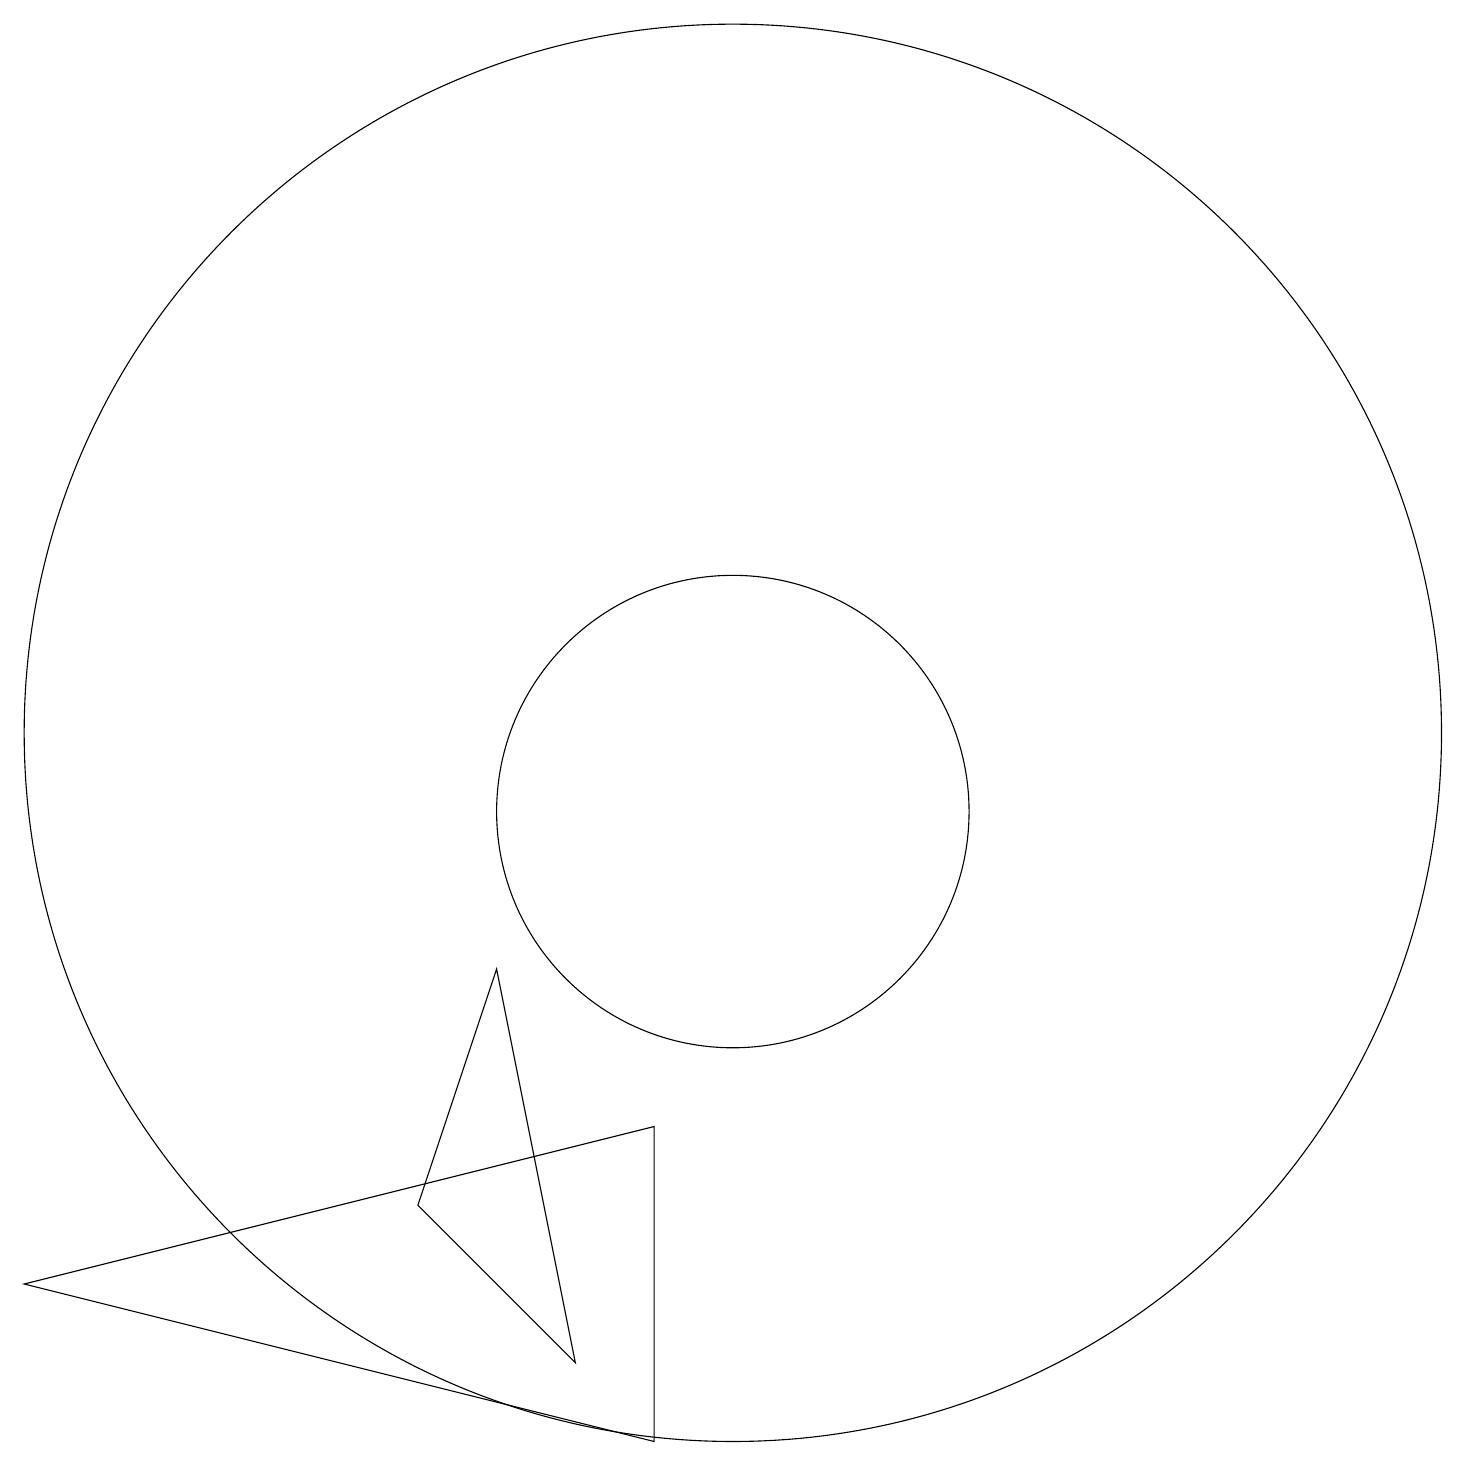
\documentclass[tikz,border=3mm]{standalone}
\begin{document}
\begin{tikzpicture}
\draw (9,6) -- (9,2) -- (1,4) -- cycle;
\draw (10,11) circle (9);
\draw (10,10) circle (3);
\draw (8,3) -- (6,5) -- (7,8) -- cycle;
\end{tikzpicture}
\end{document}